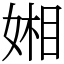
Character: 㜀